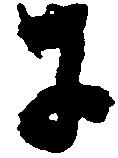
に